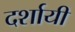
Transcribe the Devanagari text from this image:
दर्शायीं